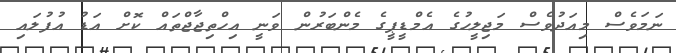
ނަމަވެސް މިއަދުވެސް މަޖިލީހުގެ އެމްޑީޕީގެ މެންބަރުން ވަނީ އިހްތިޖާޖްތައް ކޮށް އަޑު އުފުލައި